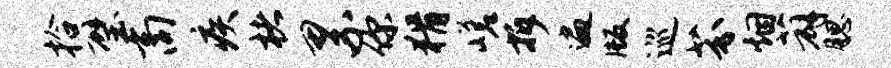
拾璧商疾楮累你猾嵯拆遍版巡芬烟薜腮